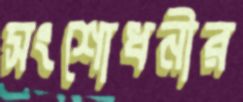
সংশোধনীর